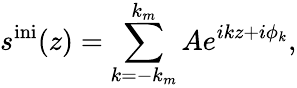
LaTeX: s^{\mathrm{ini}}(z)=\sum_{k={-k_{m}}}^{k_{m}}Ae^{ikz+i\phi_{k}},